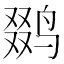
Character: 𱊍